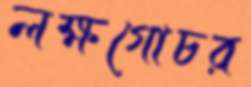
লক্ষগোচর